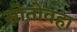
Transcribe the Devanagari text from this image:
स्रोतोवहा